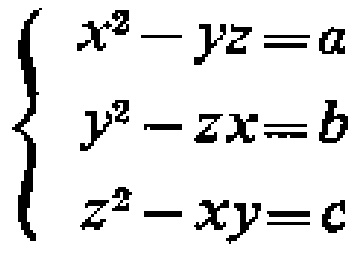
\[\begin{cases}

x^{2}-yz = a\\

y^{2}-zx = b\\

z^{2}-xy = c

\end{cases}\]